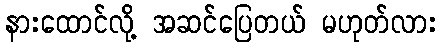
နားထောင်လို့ အဆင်ပြေတယ် မဟုတ်လား